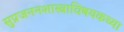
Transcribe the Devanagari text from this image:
सुप्रजननशास्त्राविषयकच्या